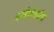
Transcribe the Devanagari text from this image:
दक्षीणेकडील